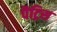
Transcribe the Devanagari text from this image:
पैट्रिस